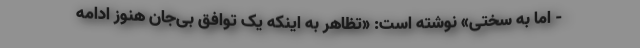
- اما به سختی» نوشته است: «تظاهر به اینکه یک توافق بی‌جان هنوز ادامه